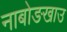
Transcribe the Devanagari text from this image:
नाबोङखाउ